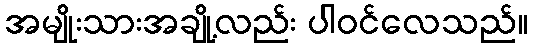
အမျိုးသားအချို့လည်း ပါဝင်လေသည်။